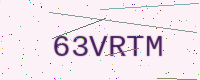
Text: 63VRTM